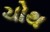
ચોથ